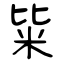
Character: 粊